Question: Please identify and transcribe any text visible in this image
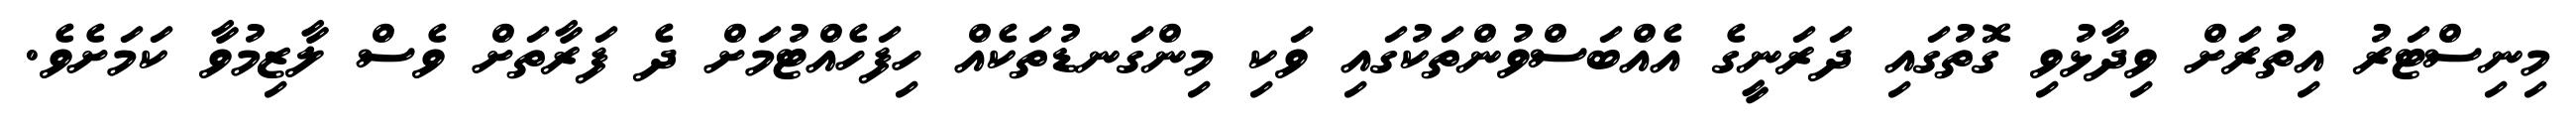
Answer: މިނިސްޓަރު އިތުރަށް ވިދާޅުވި ގޮތުގައި ދަރަނީގެ އެއްބަސްވުންތަކުގައި ވަކި މިންގަނޑުތަކެއް ހިފަހެއްޓުމަށް ދެ ފަރާތަށް ވެސް ލާޒިމުވާ ކަމަށެވެ.